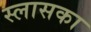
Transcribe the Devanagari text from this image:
स्लासका